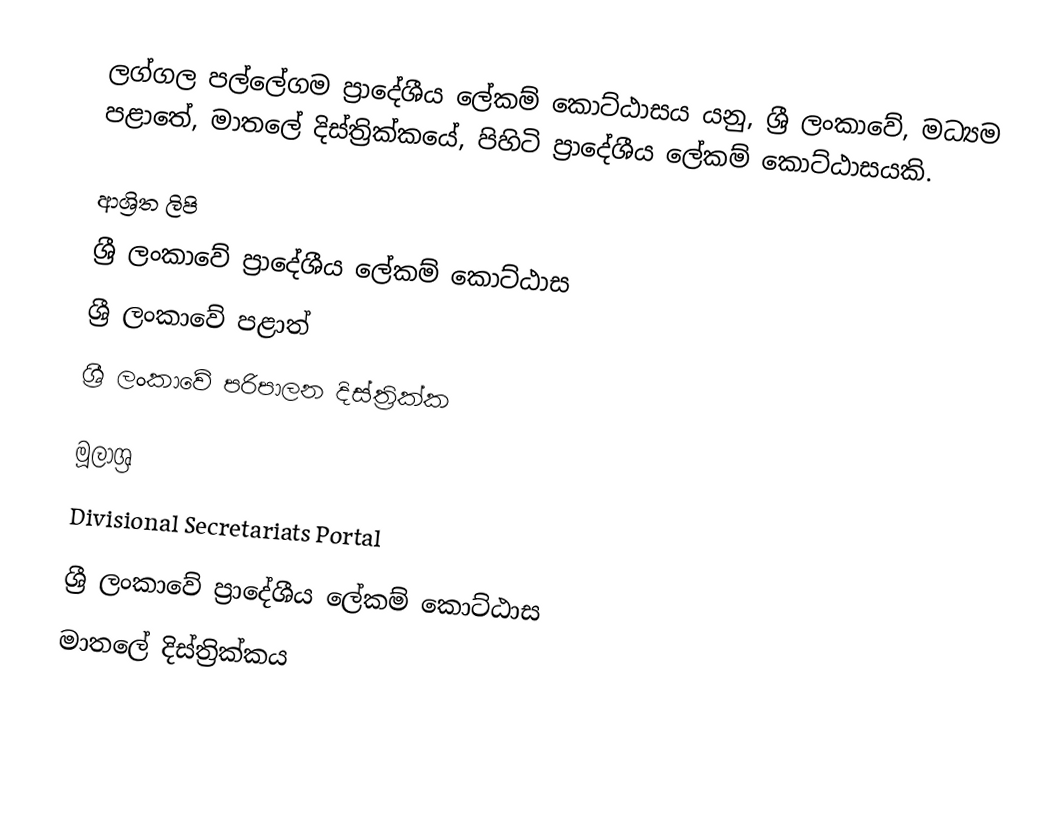
ලග්ගල පල්ලේගම ප්‍රාදේශීය ලේකම් කොට්ඨාසය යනු,  ශ්‍රී ලංකාවේ, මධ්‍යම පළාතේ,   මාතලේ දිස්ත්‍රික්කයේ, පිහිටි ප්‍රාදේශීය ලේකම් කොට්ඨාසයකි.

ආශ්‍රිත ලිපි
ශ්‍රී ලංකාවේ ප්‍රාදේශීය ලේකම් කොට්ඨාස
ශ්‍රී ලංකාවේ පළාත්
ශ්‍රී ලංකාවේ පරිපාලන දිස්ත්‍රික්ක

මූලාශ්‍ර
 Divisional Secretariats Portal

ශ්‍රී ලංකාවේ ප්‍රාදේශීය ලේකම් කොට්ඨාස
මාතලේ දිස්ත්‍රික්කය